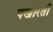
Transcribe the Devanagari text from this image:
पखारती